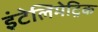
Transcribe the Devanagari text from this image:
इंटेलिमेट्रिक